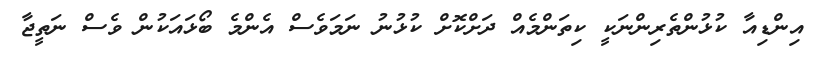
އިންޑިއާ ކުޅުންތެރިންނަކީ ކިތަންމެއް ދަށްކޮށް ކުޅުނު ނަމަވެސް އެންމެ ބޯޅައަކުން ވެސް ނަތީޖާ